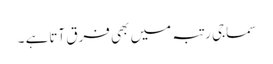
سماجی رتبہ میں بھی فرق آتاہے ۔